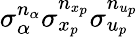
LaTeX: \sigma_{\alpha}^{n_{\alpha}}\sigma_{x_{p}}^{n_{x_{p}}}\sigma_{u_{p}}^{n_{u_{p}}}